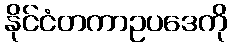
နိုင်ငံတကာဥပဒေကို